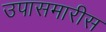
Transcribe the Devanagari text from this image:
उपासमारीस